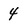
Character: 4